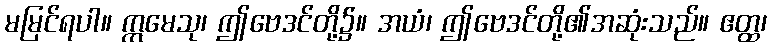
မမြင်ရပါ။ ဣမေသု၊ ဤဗေဒင်တို့၌။ အယံ၊ ဤဗေဒင်တို့၏အဆုံးသည်။ ဧတ္ထ၊